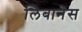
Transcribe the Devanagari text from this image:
लिबानेस